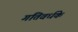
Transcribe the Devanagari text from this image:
गतिवर्धके